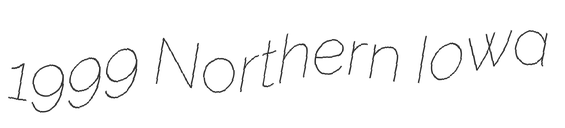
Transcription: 1999 Northern Iowa